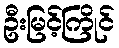
ဦးမြင့်ကြိုင်